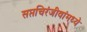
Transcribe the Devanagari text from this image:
सप्तचिरंजीवांमध्ये